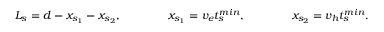
L _ { s } = d - x _ { s _ { 1 } } - x _ { s _ { 2 } } , ~ ~ ~ ~ ~ ~ ~ ~ ~ ~ ~ ~ x _ { s _ { 1 } } = v _ { e } t _ { s } ^ { m i n } , ~ ~ ~ ~ ~ ~ ~ ~ ~ ~ ~ ~ x _ { s _ { 2 } } = v _ { h } t _ { s } ^ { m i n } .